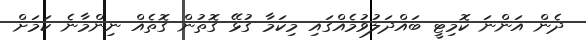
ދެން އަންނަ ކޮމިޓީ ބައްދަލުވުމެއްގައި މިކަމާ ގުޅޭ ގޮތުން ގޮތެއް ނިންމާނެ ކަމަށް